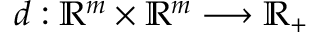
d : \mathbb { R } ^ { m } \times \mathbb { R } ^ { m } \longrightarrow \mathbb { R } _ { + }